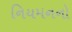
નિયમનનો